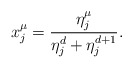
\begin{align*}x_j^{\mu} = \frac{\eta_j^{\mu}}{\eta_j^d + \eta_j^{d+1}}. \end{align*}